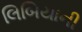
લિબિયાની